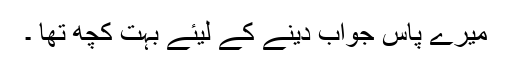
میرے پاس جواب دینے کے لیئے بہت کچھ تھا ۔